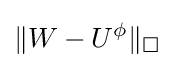
\|W-U^{\phi }\|_{\Box }